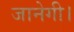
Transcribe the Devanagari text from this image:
जानेगी।